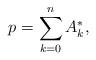
LaTeX: \begin{align*} p= \sum_{k=0}^{n}A^{\ast}_{k}, \end{align*}